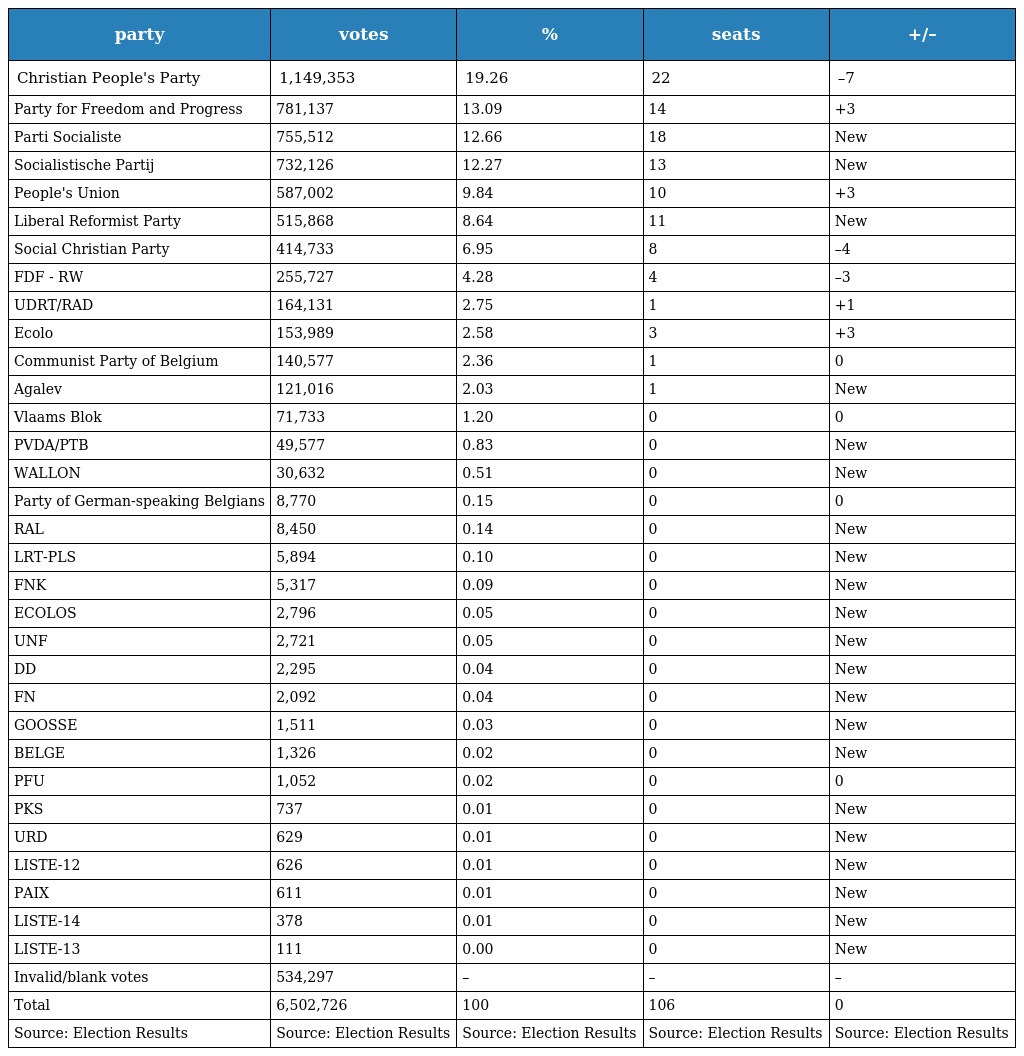
| party | votes | % | seats | +/– |
 | --- | --- | --- | --- | --- |
 | Christian People's Party | 1,149,353 | 19.26 | 22 | –7 |
 | Party for Freedom and Progress | 781,137 | 13.09 | 14 | +3 |
 | Parti Socialiste | 755,512 | 12.66 | 18 | New |
 | Socialistische Partij | 732,126 | 12.27 | 13 | New |
 | People's Union | 587,002 | 9.84 | 10 | +3 |
 | Liberal Reformist Party | 515,868 | 8.64 | 11 | New |
 | Social Christian Party | 414,733 | 6.95 | 8 | –4 |
 | FDF - RW | 255,727 | 4.28 | 4 | –3 |
 | UDRT/RAD | 164,131 | 2.75 | 1 | +1 |
 | Ecolo | 153,989 | 2.58 | 3 | +3 |
 | Communist Party of Belgium | 140,577 | 2.36 | 1 | 0 |
 | Agalev | 121,016 | 2.03 | 1 | New |
 | Vlaams Blok | 71,733 | 1.20 | 0 | 0 |
 | PVDA/PTB | 49,577 | 0.83 | 0 | New |
 | WALLON | 30,632 | 0.51 | 0 | New |
 | Party of German-speaking Belgians | 8,770 | 0.15 | 0 | 0 |
 | RAL | 8,450 | 0.14 | 0 | New |
 | LRT-PLS | 5,894 | 0.10 | 0 | New |
 | FNK | 5,317 | 0.09 | 0 | New |
 | ECOLOS | 2,796 | 0.05 | 0 | New |
 | UNF | 2,721 | 0.05 | 0 | New |
 | DD | 2,295 | 0.04 | 0 | New |
 | FN | 2,092 | 0.04 | 0 | New |
 | GOOSSE | 1,511 | 0.03 | 0 | New |
 | BELGE | 1,326 | 0.02 | 0 | New |
 | PFU | 1,052 | 0.02 | 0 | 0 |
 | PKS | 737 | 0.01 | 0 | New |
 | URD | 629 | 0.01 | 0 | New |
 | LISTE-12 | 626 | 0.01 | 0 | New |
 | PAIX | 611 | 0.01 | 0 | New |
 | LISTE-14 | 378 | 0.01 | 0 | New |
 | LISTE-13 | 111 | 0.00 | 0 | New |
 | Invalid/blank votes | 534,297 | – | – | – |
 | Total | 6,502,726 | 100 | 106 | 0 |
 | Source: Election Results | Source: Election Results | Source: Election Results | Source: Election Results | Source: Election Results |